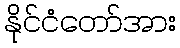
နိုင်ငံတော်အား